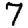
Digit: 7